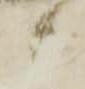
候